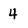
Character: 4